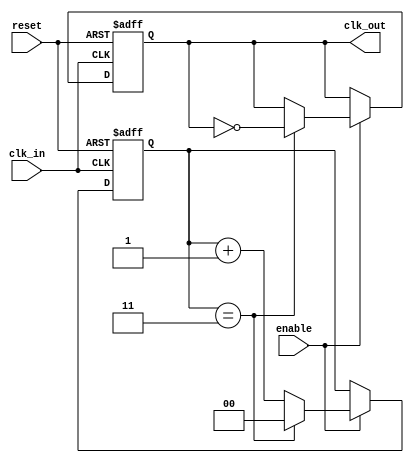
module ClockDividerBuffer #(
    parameter N = 4  // Division factor (must be > 0)
)(
    input wire clk_in,          // Input clock signal
    input wire reset,           // Asynchronous reset signal
    input wire enable,          // Enable signal for the output clock
    output reg clk_out          // Output clock signal
);

    reg [$clog2(N)-1:0] counter; // Counter to track clock cycles

    // Asynchronous reset and counter logic
    always @(posedge clk_in or posedge reset) begin
        if (reset) begin
            counter <= 0;      // Reset counter
            clk_out <= 0;      // Reset output clock
        end else if (enable) begin
            // Increment the counter
            if (counter == N-1) begin
                counter <= 0;   // Reset counter
                clk_out <= ~clk_out; // Toggle output clock
            end else begin
                counter <= counter + 1; // Increment counter
            end
        end
    end

endmodule